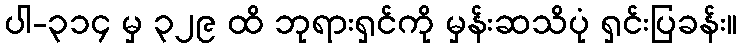
ပါ-၃၁၄ မှ ၃၂၉ ထိ ဘုရားရှင်ကို မှန်းဆသိပုံ ရှင်းပြခန်း။